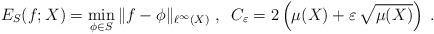
LaTeX: \begin{align*} E_S(f;X)=\min_{\phi\in S}{\|f-\phi\|_{\ell^\infty(X)}}\;,\;\;C_\varepsilon=2\left(\mu(X)+\varepsilon\,\sqrt{\mu(X)}\right)\;. \end{align*}